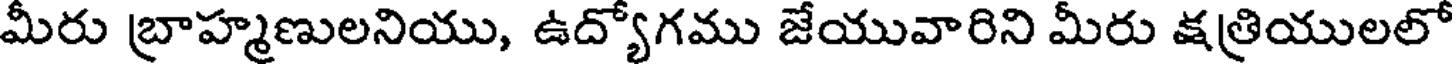
మీరు బ్రాహ్మణులనియు, ఉద్యోగము జేయువారిని మీరు క్షత్రియులలో